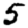
Digit: 5